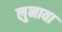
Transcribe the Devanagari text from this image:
लुनावा